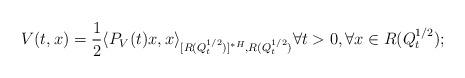
LaTeX: \begin{align*}V(t,x)=\frac12 \langle P_V(t) x,x \rangle_{[R(Q_{t}^{1/2})]^{*H},R(Q_{t}^{1/2})} \forall t>0, \forall x\in R(Q_{t}^{1/2});\end{align*}